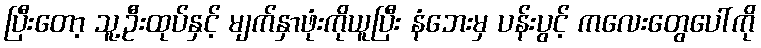
ပြီးတော့ သူ့ဦးထုပ်နှင့် မျက်နှာဖုံးကိုယူပြီး နံဘေးမှ ပန်းပွင့် ကလေးတွေပေါ်ကို